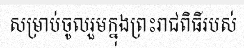
សម្រាប់ចូលរួមក្នុងព្រះរាជពិធីរបស់